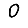
Digit: 0